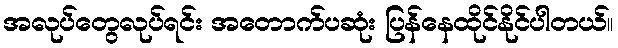
အလုပ်တွေလုပ်ရင်း အတောက်ပဆုံး ပြန်နေထိုင်နိုင်ပါတယ်။